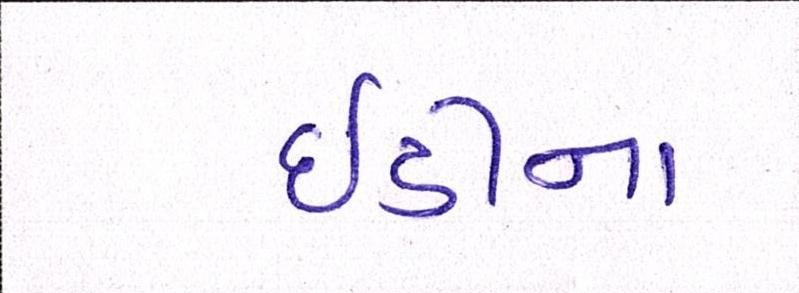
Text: ઇડીના